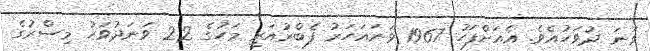
ވަނަ ދުވަހުއެވެ. އެއަށްފަހު 1967 ވަނައަހަރު ފެބްރުއަރީ މަހުގެ 22 ވަނަދުވަހު މިސްރުގެ